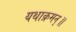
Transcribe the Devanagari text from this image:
यथाक्रमन्॥